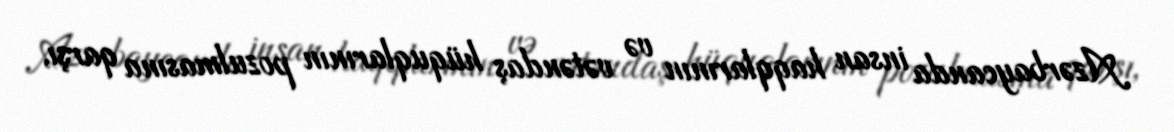
Azərbaycanda insan haqqlarının və vətəndaş hüquqlarının pozulmasına qarşı,